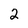
Character: 2